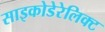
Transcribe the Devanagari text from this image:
साइकोडेरेलिक्ट